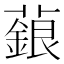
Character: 𬞵